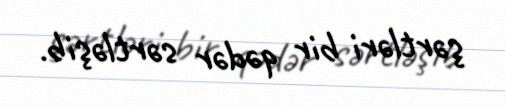
şərtləri bir qədər sərtləşib.